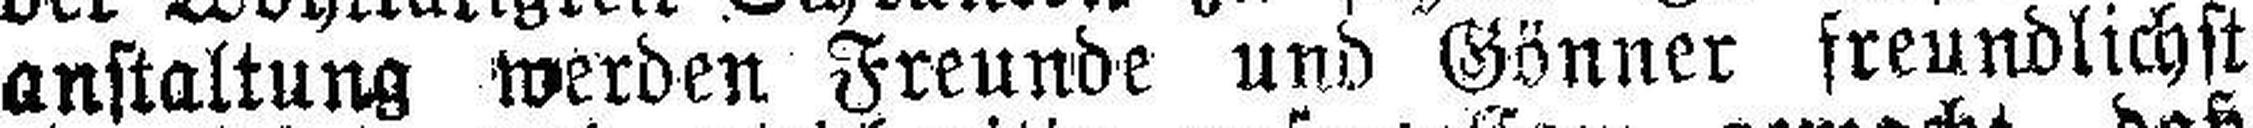
anstaltung werden Freunde und Gönner freundlichst